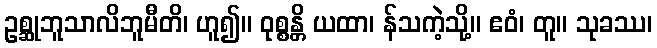
ဥစ္ဆုဘူသာလိဘူမီတိ၊ ဟူ၍။ ဝုစ္စန္တိ ယထာ၊ န်သကဲ့သို့။ ဧဝံ၊ တူ။ သုခဿ၊